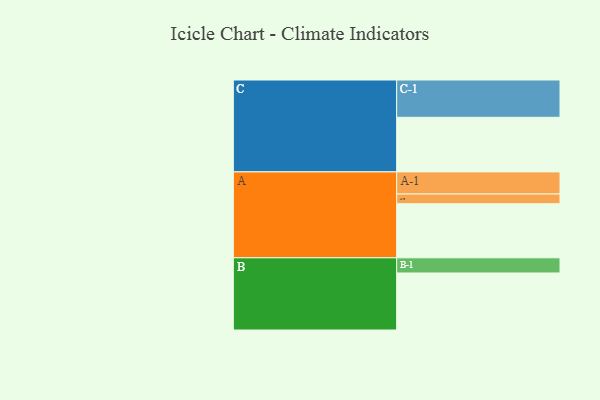
{"axis": {"x": "Segment", "y": "Value"}, "legend": ["", "A", "B", "C"], "data": [{"x": "A", "y": 335, "type": ""}, {"x": "B", "y": 353, "type": ""}, {"x": "C", "y": 338, "type": ""}, {"x": "A-1", "y": 137, "type": "A"}, {"x": "A-2", "y": 60, "type": "A"}, {"x": "B-1", "y": 94, "type": "B"}, {"x": "C-1", "y": 231, "type": "C"}]}